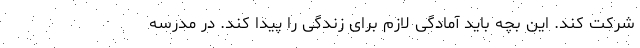
شرکت کند. این بچه باید آمادگی لازم برای زندگی را پیدا کند. در مدرسه